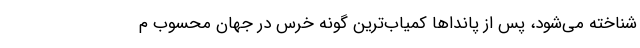
شناخته می‌شود، پس از پانداها کمیاب‌ترین گونه‌ خرس در جهان محسوب م